Indian journal of veterinary science and animal husbandry - Volume 14,
Year: 1944
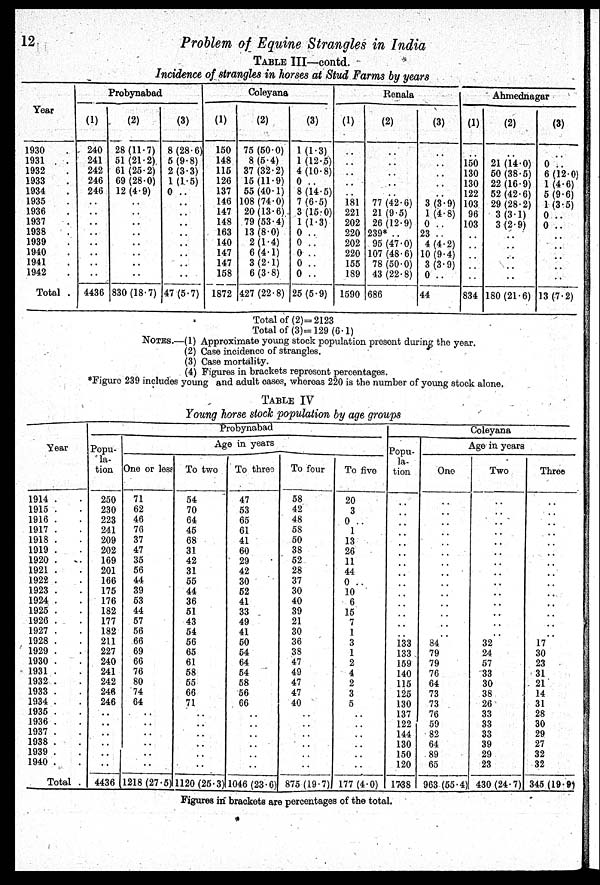
12
Problem of Equine Strangles in India
TABLE III—contd.
Incidence of strangles in horses at Stud Farms by years
Year
1930 .
1931 .
1932 .
1933 .
1934 .
1935 .
1936 .
1937 .
1938 .
1939 .
1940 .
1941 .
1942 .
Total .
Probynabad
(1)
240
241
242
246
246
..
..
..
..
..
..
..
..
4436
(2)
28 (11.7)
51 (21.2).
61 (25.2)
69 (28.0)
12 (4.9)
..
..
..
..
..
..
..
..
830 (18.7)
(3)
8 (28.6)
5 (9.8)
2 (3.3)
1 (1.5)
0 ..
..
..
..
..
..
..
..
..
47 (5.7)
Coleyana
(1)
150
148
115
126
137
146
147
148
163
140
147
147
158
1872
(2)
75 (50.0)
8 (5.4)
37 (32.2)
15 (11.9)
55 (40.1)
108 (74.0)
20 (13.6)
79 (53.4)
13 (8.0)
2 (1.4)
6 (4.1)
3 (2.1)
6 (3.8)
427 (22.8)
(3)
1 (1.3)
1 (12.5)
4 (10.8)
0 ..
8 (14.5)
7 (6.5)
3 (15.0)
1 (1.3)
0 ..
0 ..
0 ..
0 ..
0 ..
25 (5.9)
Renala
(1)
..
..
..
..
..
181
221
202
220
202
220
155
189
1590
(2)
..
..
..
..
..
77 (42.6)
21 (9.5)
26 (12.9)
239* ..
95 (47.0)
107 (48.6)
78 (50.0)
43 (22.8)
686
(3)
..
..
..
..
..
3 (3.9)
1 (4.8)
0 ..
23 ..
4 (4.2)
10 (9.4)
3 (3.9)
0 ..
44
Ahmednagar
(1)
..
150
130
130
122
103
96
103
..
..
..
..
..
834
(2)
..
21 (14.0)
50 (38.5)
22 (16.9)
52 (42.6)
29 (28.2)
3 (3.1)
3 (2.9)
..
..
..
..
..
180(21.6)
(3)
..
0 ..
6 (12.0
1 (4.6)
5 (9.6)
1 (3.5)
0 ..
0 ..
..
..
..
..
..
13 (7.2)
Total of (2)=2123
Total of (3)=129 (6.1)
NOTES.—(1) Approximate young stock population present during the year.
(2) Case incidence of strangles.
(3) Case mortality.
(4) Figures in brackets represent percentages.
*Figure 239 includes young and adult cases, whereas 220 is the number of young stock alone.
TABLE IV
Young horse stock population by age groups
Year
1914 . .
1915 . .
1916 . .
1917 . .
1918 . .
1919 . .
1920 . .
1921 . .
1922 . .
1923 . .
1924 . .
1925 . .
1926 . .
1927 . .
1928 . .
1929 . .
1930 . .
1931 . .
1932 . .
1933 . .
1934 . .
1935 . .
1936 . .
1937 . .
1938 . .
1939 . .
1940 . .
Total .
Probynabad
Popu-
la-
tion
250
230
223
241
209
202
169
201
166
175
176
182
177
182
211
227
240
241
242
246
246
..
..
..
..
..
..
4436
Age in years
One or less
71
62
46
76
37
47
35
56
44
39
53
44
57
56
66
69
66
76
80
74
64
..
..
..
..
..
..
1218 (27.5)
To two
54
70
64
45
68
31
42
31
55
44
36
51
43
54
56
65
61
58
55
66
71
..
..
..
..
..
..
1120 (25.3)
To three
47
53
65
61
41
60
29
42
30
52
41
33
49
41
50
54
64
54
58
56
66
..
..
..
..
..
..
1046 (23.6)
To four
58
42
48
58
50
38
52
28
37
30
40
39
21
30
36
38
47
49
47
47
40
..
..
..
..
..
..
875 (19.7)
To five
20
3
0 ..
1
13
26
11
44
0 ..
10
6
15
7
1
3
1
2
4
2
3
5
..
..
..
..
..
..
177 (4.0)
Coleyana
Popu-
la-
tion
..
..
..
..
..
..
..
..
..
..
..
..
..
..
133
133
159
140
115
125
130
137
122
144
130
150
120
17.38
Age in years
One
..
..
..
..
..
..
..
..
..
..
..
..
..
..
84
79
79
76
64
73
73
76
59
82
64
89
65
963 (55.4)
Two
..
..
..
..
..
..
..
..
..
..
..
..
..
..
32
24
57
33
30
38
26
33
33
33
39
29
23
430 (24.7)
Three
..
..
..
..
..
..
..
..
..
..
..
..
..
..
17
30
23
31
21
14
31
28
30
29
27
32
32
345 (19.9)
Figures in brackets are percentages of the total.